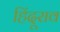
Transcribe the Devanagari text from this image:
हिंदूराव